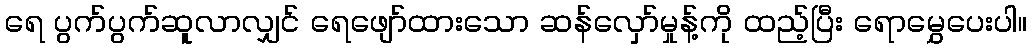
ရေ ပွက်ပွက်ဆူလာလျှင် ရေဖျော်ထားသော ဆန်လှော်မှုန့်ကို ထည့်ပြီး ရောမွှေပေးပါ။